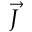
\vec { J }